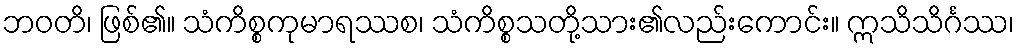
ဘဝတိ၊ ဖြစ်၏။ သံကိစ္စကုမာရဿစ၊ သံကိစ္စသတို့သား၏လည်းကောင်း။ ဣသိသိင်္ဂဿ၊